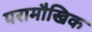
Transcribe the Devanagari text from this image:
परामौखिक